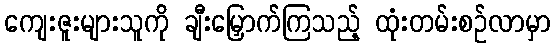
ကျေးဇူးများသူကို ချီးမြှောက်ကြသည့် ထုံးတမ်းစဉ်လာမှာ